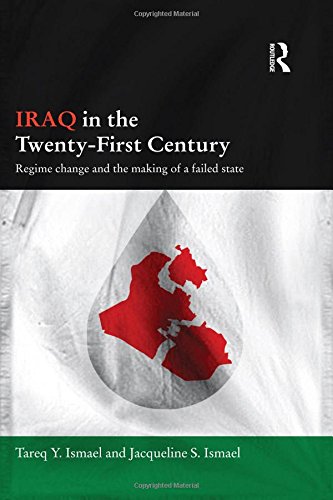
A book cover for Iraq in the Twenty-First Century: Regime Change and the Making of a Failed State (Durham Modern Middle East and Islamic World Series); Tareq Y. Ismael; History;